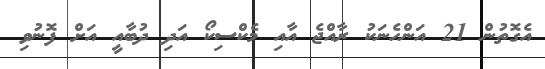
އެގޮތުން 21 އަންހެނަކު ރާއްޖެ އާއި މެކްސިކޯ އަދި ދުބާއީ އަށް ފޮނުވި